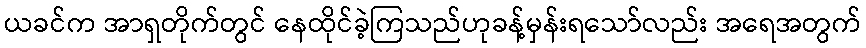
ယခင်က အာရှတိုက်တွင် နေထိုင်ခဲ့ကြသည်ဟုခန့်မှန်းရသော်လည်း အရေအတွက်